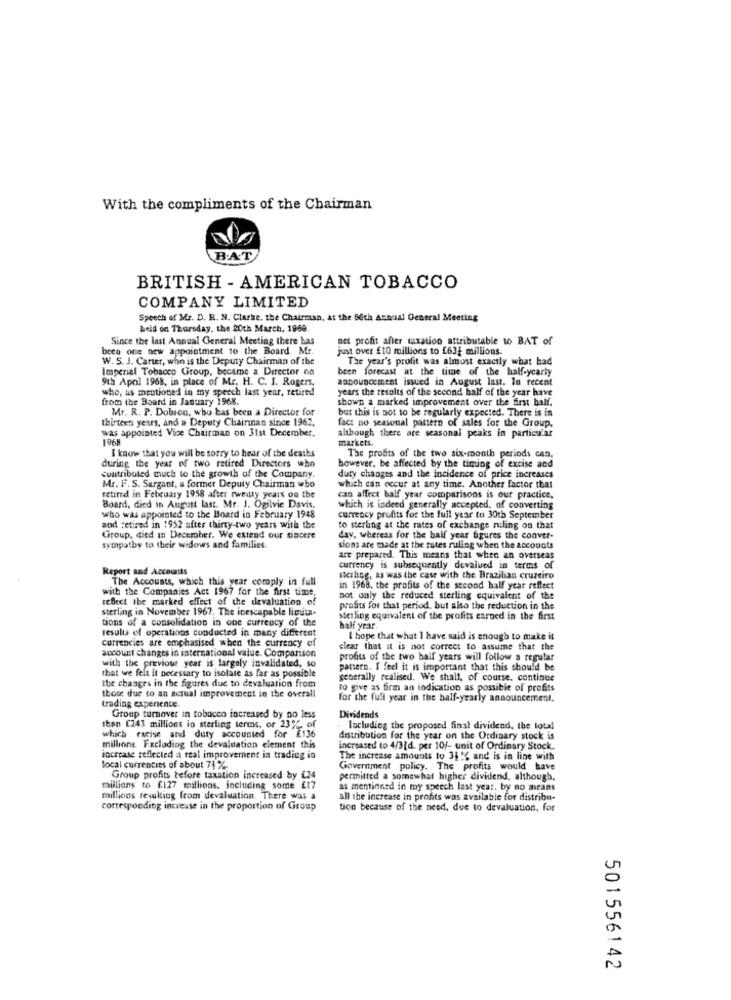
With the compliments of the Chairman
B.A.T
BRITISH - AMERICAN TOBACCO
COMPANY LIMITED
Speech of Mr. D. R. N. Clarke, the Chairman, at the 80th Annual General Meeting
heid on Thursday, the 20th March, 1969
Since the last Annual General Meeting there has
net profit after taxation attributable to BAT of
been one new appointment to the Board. Mr.
just over £10 millions to £632 millions.
W. S. J. Carter, who is the Deputy Chairman of the
The year's profit was almost exactly what had
Imperial Tobacco Group, became a Director GA
been forecast at the time of the half-yearly
9th April 1968, in place of Mr. H. C. I. Rogers.
announcement issued in August last. In recent
who, as mentioned in my speech last year, retired
years the results of the second half of the year have
from the Board in January 1968.
shown a marked improvement over the first half.
Mr. R. P. Dobson, who has been a Director for
but this is not to be regularly expected. There is in
thirteen years, and a Deputy Chairman since 1962.
fact no seasonal pattern of sales for the Group,
was appointed Vice Chairman on 31st December.
1968
although there are seasonal peaks in particular
markets.
I know that you will be sorry to hear of the deaths
The profits of the two six-month periods can.
during the year of two retired Directors who
however, be affected by the timing of excise and
contributed much to the growth of the Company.
duty changes and the incidence of price increases
Mr. F. S. Surgant, a former Deputy Chairman who
which can occur at any time. Another factor that
retired in February 1958 after twenty years on the
can affect half year comparisons is our practice.
Board, died in August last. Mr. J. Ogilvie Davis.
which is indeed generally accepted, of converting
who was appointed to the Board in February 1948
currency profits for the full year to 30th September
and retired in 1952 after thirty-two years with the
to sterling at the rates of exchange ruling on that
Group, died in December. We extend our sincere
day, whereas for the half year figures the conver-
sympathy to their widows and families.
sions are made at the gates ruling when the accounts
are prepared. This means that when an overseas
Report and Accounts
currency is subsequently devalued in terms of
The Accounts, which this year comply in full
siciling, as was the case with the Brazilian cruzeiro
with the Companies Act 1967 for the first time,
in 1968, the profits of the second half year reflect
reflect the marked effect of the devaluation of
not only the reduced sterling equivalent of the
sterling in November 1967. The inescapable limita-
profits for that period, but also the reduction in the
tions of a consolidation in one currency of the
sterling equivalent of the profits earned in the first
result of operations conducted in many different
half year.
currencies are emphasised when the currency of
I hope that what I have said is enough to make it
account changes in international value. Comparison
clear that it is not correct to assume that the
with the previous year is largely invalidated, so
profits of the two half years will follow a regular
pattern. I feel it is important that this should be
that we felt it necessary to isolate as far as possible
generally realised. We shall, of course. continue
the changes in the figures due to devaluation from
to give as firm an indication as possible of profits
those due to an actual improvement in the overall
for the full year in the half-yearly announcement.
trading experience.
Group turnover in tobacco increased by no less
Dividends
Iban £243 millions io sterling terms, or 23% of
Including the proposed final dividend, the tour!
which excise and duty accounted for £136
distribution for the year on the Ordinary stock is
millions Excluding the devaluation element this
increased to 4/3{d. per 10/- unit of Ordinary Stock.
increase reflected a real improvement in trading io
The increase amounts to 31 % and is in line with
local currencies of about 71 %
Government policy. The profits would have
Group profits tefore taxation increased by €24
permitted a somewhat higher dividend, although.
millions to £127 millions, including some £17
as mentioned in my speech last year, by no means
millions resulting from devaluation. There was a
all the increase in profits was available for distribu-
corresponding increase in the proportion of Group
tion because of the need, due to devaluation, for
501556142